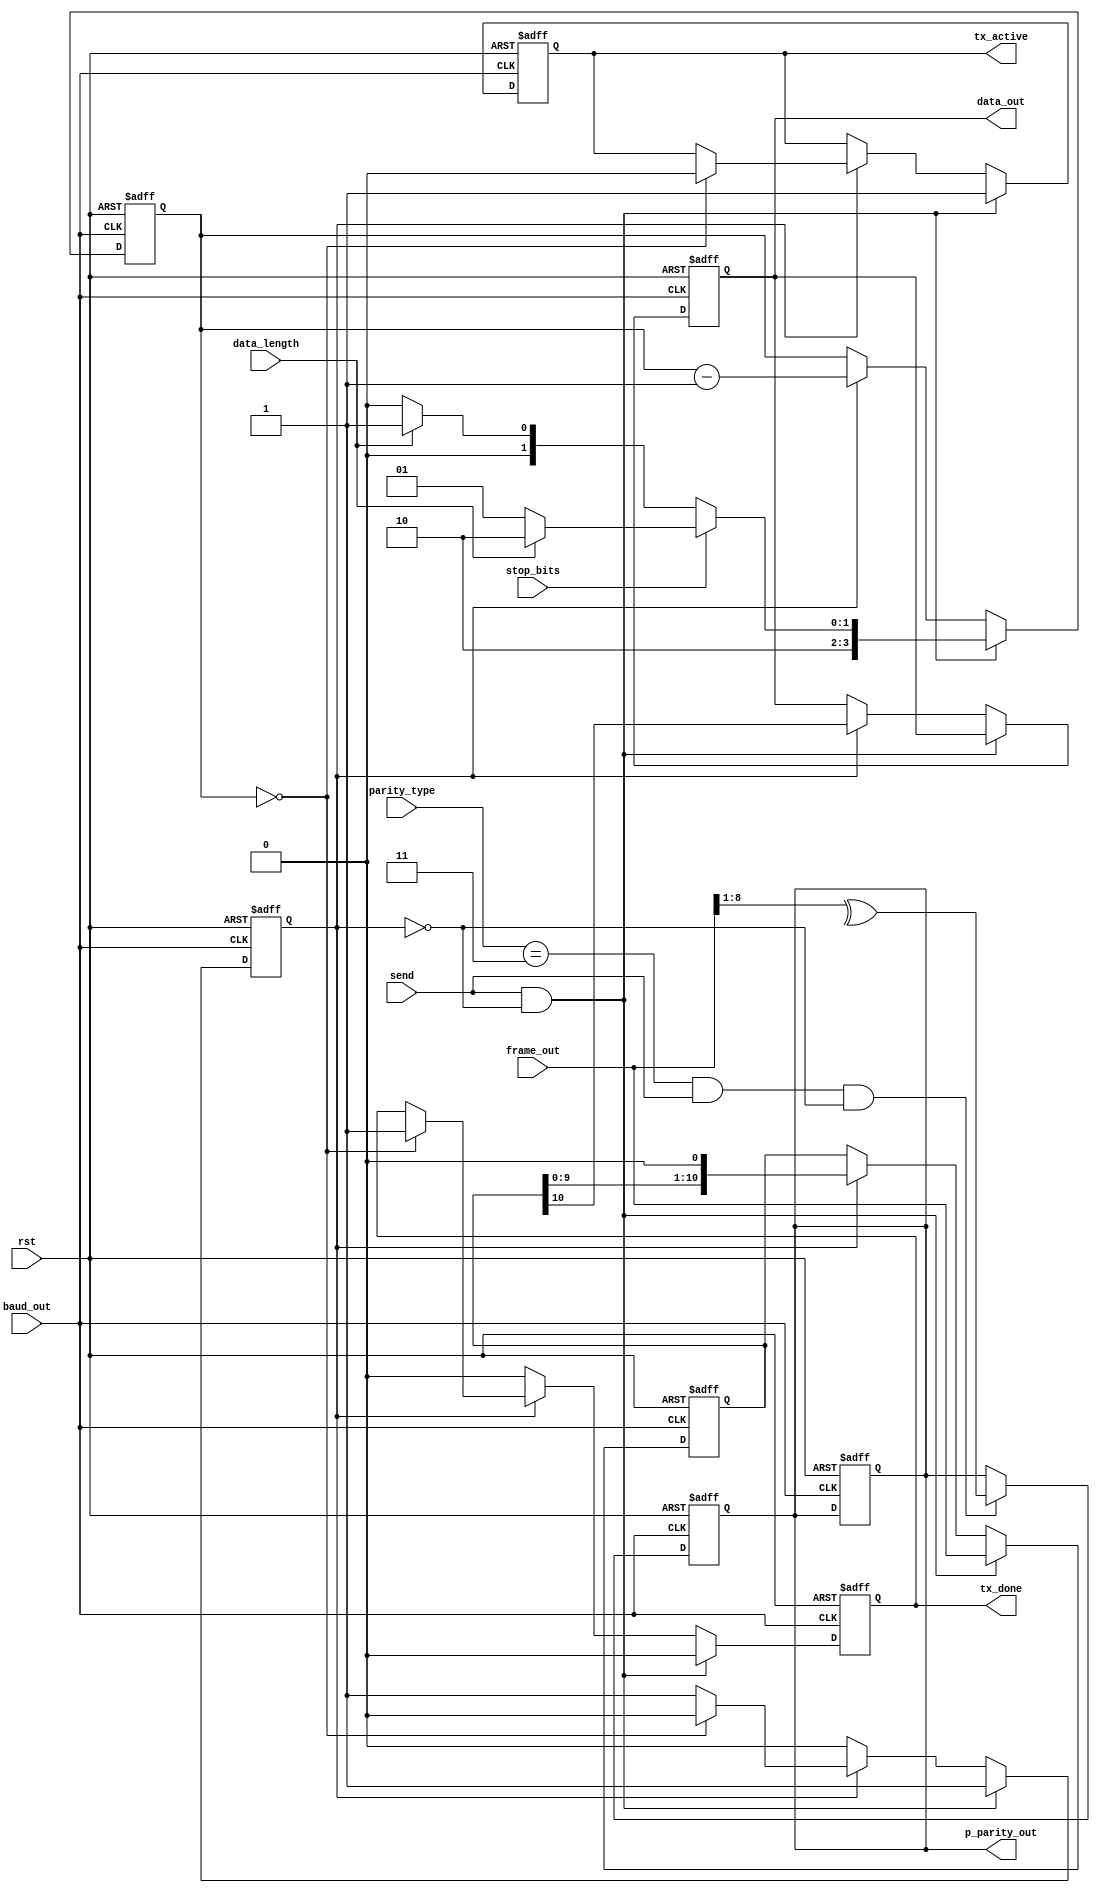
module piso (
input wire       rst,
input wire [10:0]frame_out,
input wire [1:0] parity_type,
input wire       stop_bits,
input wire       data_length,
input wire       send,
input wire       baud_out,
	
output reg       data_out,
output reg       p_parity_out,
output reg       tx_active,
output reg       tx_done
);

reg [10:0] shift_reg;
reg [3:0]  count;
reg        sending;

 always @(posedge baud_out or posedge rst)
    begin
        if (rst) begin
            shift_reg    <= 11'b0;
            count        <= 4'b0;
			sending      <= 1'b0;
			
            data_out     <= 1'b1; // ideal state for OUT of UART = 1
            p_parity_out <= 1'b0;
            tx_active    <= 1'b0;
            tx_done      <= 1'b0;
            
        end 
		// Load shift register.
        else if (send && !sending)  
            begin
            shift_reg <= frame_out;
            count     <= (stop_bits) ? (data_length ? 4'd10 : 4'd9) : (data_length ? 4'd9 : 4'd8);
            tx_active <= 1'b1;
            tx_done   <= 1'b0;
            sending   <= 1'b1;
        end
		// Transmit the frame bit by bit.
        else if (sending)
            begin
             data_out  <= shift_reg[10];
             shift_reg <= shift_reg << 1;
             count     <= count - 1;
             if (count == 0)
               begin
                 tx_active <= 1'b0;
                 tx_done   <= 1'b1;
                 sending   <= 1'b0;
               end
            end 
			
        else
		    begin
            tx_done <= 1'b0;
			end
    end

//calc out for parallel odd parity 
 always @(posedge baud_out or posedge rst)
    begin
        if (rst)
    	  begin
            p_parity_out <= 1'b0;
          end
		else if (parity_type == 2'b11 && send && !sending) 
		  begin
            p_parity_out <= ^frame_out[8:1]; // Calculate odd parity for data bits
          end
    end
endmodule